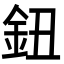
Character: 鈕